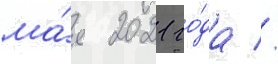
ма́я 2021 го́да //